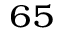
^ { 6 5 }